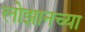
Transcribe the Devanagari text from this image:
लोझानच्या